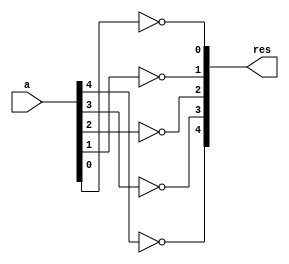
/*  821811 
    Felipe Rivetti Mizher
    Guia_0805
*/

module complement_one (
    input [4:0] a,
    output [4:0] res
);
    nor NOT1 (res[4], a[4]);
    nor NOT2 (res[3], a[3]);
    nor NOT3 (res[2], a[2]);
    nor NOT4 (res[1], a[1]);
    nor NOT5 (res[0], a[0]);
endmodule

module halfAdder (
    input a, b,
    output sum, carry
);
    xor XOR1 (sum, a, b);
    and AND1 (carry, a, b);
endmodule

module fullAdder(
    input a, b, cin,
    output sum, carry
);
    wire c, c1;
    halfAdder HA1(a, b, sum, c);
    halfAdder HA2(sum, cin, sum, c1);
    or OR1(carry, c, c1);
endmodule

module complement_two(
    input [4:0] a,
    output [4:0] sum,
    output carry
);
    wire c1, c2, c3, c4;

    fullAdder FA0(a[0], 1'b1, 1'b0, sum[0], c1);
    fullAdder FA1(a[1], 1'b0, c1, sum[1], c2);
    fullAdder FA2(a[2], 1'b0, c2, sum[2], c3);
    fullAdder FA3(a[3], 1'b0, c3, sum[3], c4);
    fullAdder FA4(a[4], 1'b0, c4, sum[4], carry);
endmodule

module Guia_0805;
    reg [4:0] a;
    wire [4:0] a_comp;
    wire carry;

    complement_one uut1(a, a_comp);
    complement_two uut2(a_comp, a_comp, carry);

    initial begin
        $monitor("a=%b, complemento de 2=%b", a, a_comp);
        a = 5'b00011; 
        #10;
        a = 5'b00001; 
        #10;
        a = 5'b00010; 
        #10;
        a = 5'b00100; 
        #10;
        a = 5'b01000; 
        #10;
        a = 5'b10000; 
        #10;
        $finish();
    end
endmodule